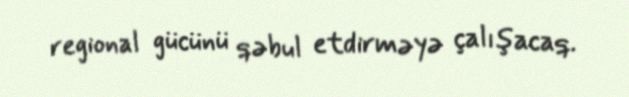
regional gücünü qəbul etdirməyə çalışacaq.